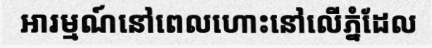
អារម្មណ៍នៅពេលហោះនៅលើភ្នំដែល